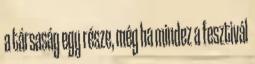
a társaság egy része, még ha mindez a fesztivál